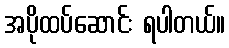
အပိုထပ်ဆောင်း ရပါတယ်။